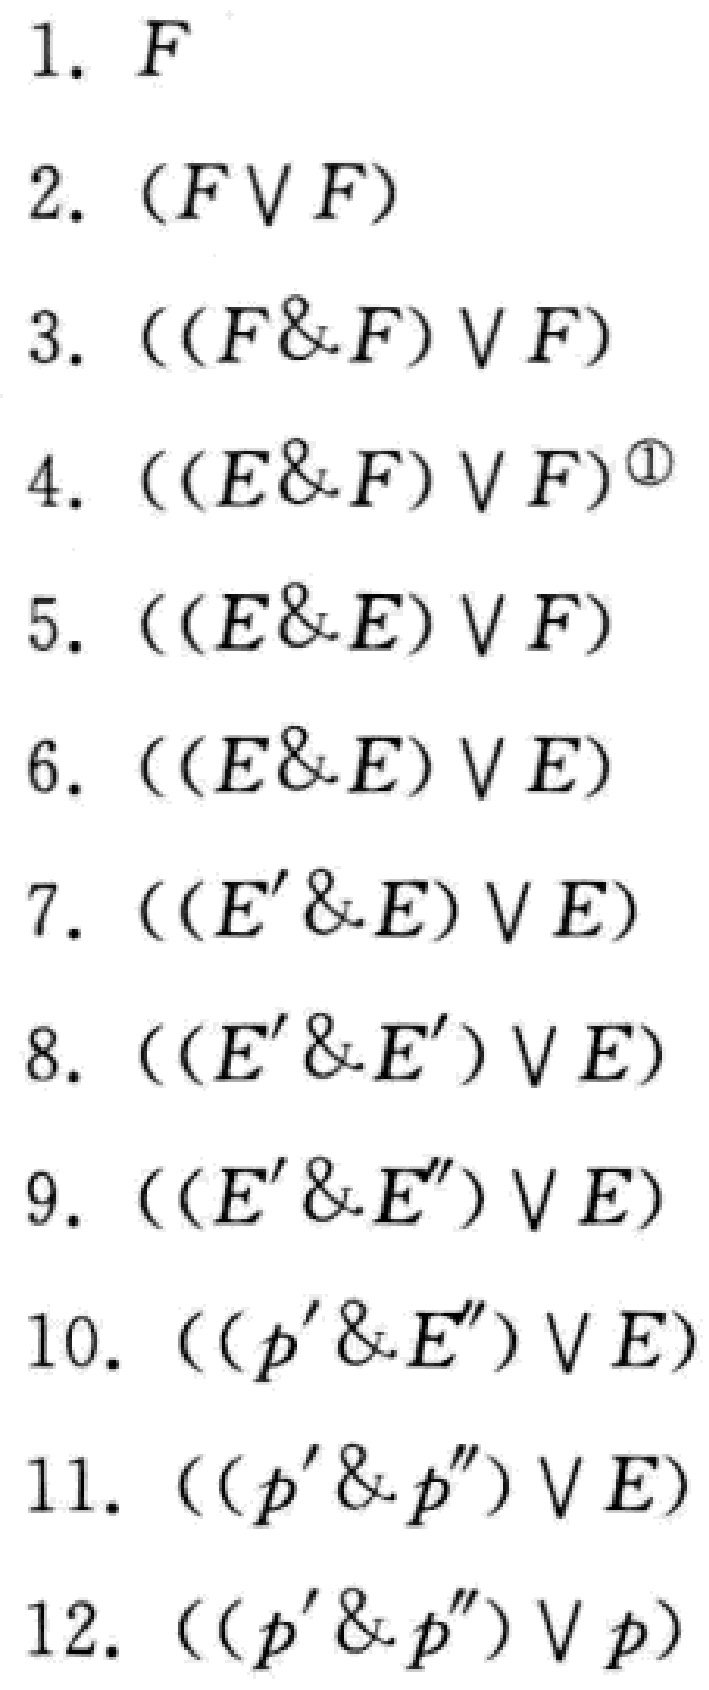
1. $F$

2. $(F\vee F)$

3. $((F\&F)\vee F)$

4. $((E\&F)\vee F)^{\textcircled{1}}$

5. $((E\&E)\vee F)$

6. $((E\&E)\vee E)$

7. $((E'\&E)\vee E)$

8. $((E'\&E')\vee E)$

9. $((E'\&E'')\vee E)$

10. $((p'\&E'')\vee E)$

11. $((p'\&p'')\vee E)$

12. $((p'\&p'')\vee p)$